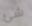
شئ